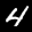
Label: 4